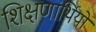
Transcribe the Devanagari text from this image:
शिक्षणार्थियों